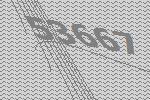
53667